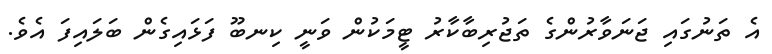
އެ ތަނުގައި ޖަނަވާރުންގެ ތަޖުރިބާކާރު ޓީމަކުން ވަނީ ކިނބޫ ފަޅައިގެން ބަލައިފަ އެވެ.